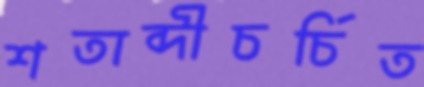
শতাব্দীচর্চিত